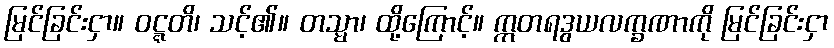
မြင်ခြင်းငှာ။ ဝဋ္ဋတိ၊ သင့်၏။ တသ္မာ၊ ထို့ကြောင့်။ ဣတရဒွယလက္ခဏာကို မြင်ခြင်းငှာ